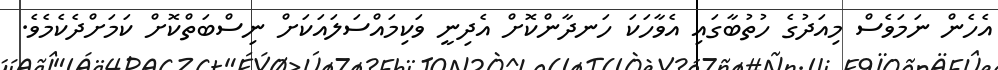
އެހެން ނަމަވެސް މިއަދުގެ ހުތުބާގައި އެވާހަކަ ހަނދާންކޮށް އެދިނީ ވަކިމައްސަލައަކަށް ނިސްބަތްކޮށް ކަމަށްދެކެމެވެ.